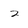
Character: 2